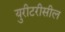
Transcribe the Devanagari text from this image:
युरीटरीसील